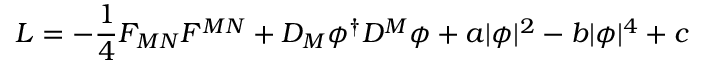
{ \cal L } = - { \frac { 1 } { 4 } } F _ { M N } F ^ { M N } + D _ { M } \phi ^ { \dagger } D ^ { M } \phi + a | \phi | ^ { 2 } - b | \phi | ^ { 4 } + c